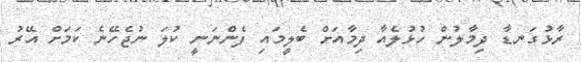
ރާޅުގަނޑާ ދިމާލުން ހުޅުލެއާ ދިމާއަށް ބެލީމައި ފެންނަނީ ކުލަ ނުޖެހޭނެ ކަމަށް އޭރު